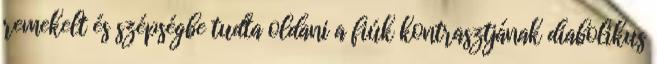
remekelt és szépségbe tudta oldani a fiúk kontrasztjának diabolikus